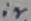
Text: ir